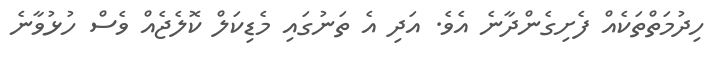
ހިދުމަތްތަކެއް ފެށިގެންދާނެ އެވެ. އަދި އެ ތަނުގައި މެޑިކަލް ކޮލެޖެއް ވެސް ހުޅުވާނެ